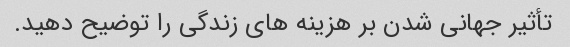
تأثیر جهانی شدن بر هزینه های زندگی را توضیح دهید.